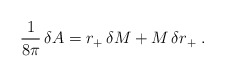
\begin{align*}{1\over8\pi}\,\delta A=r_+\,\delta M+M\,\delta r_+\;.\end{align*}